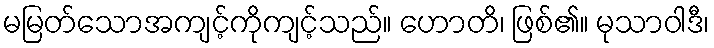
မမြတ်သောအကျင့်ကိုကျင့်သည်။ ဟောတိ၊ ဖြစ်၏။ မုသာဝါဒီ၊